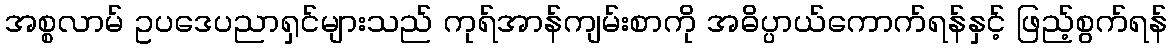
အစ္စလာမ် ဥပဒေပညာရှင်များသည် ကုရ်အာန်ကျမ်းစာကို အဓိပ္ပာယ်ကောက်ရန်နှင့် ဖြည့်စွက်ရန်